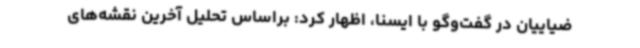
ضیاییان در گفت‌وگو با ایسنا، اظهار کرد: براساس تحلیل آخرین نقشه‌های